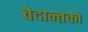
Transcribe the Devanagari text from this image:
वेदान्तकाे